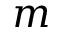
m